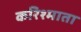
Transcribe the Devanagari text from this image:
करिश्माता